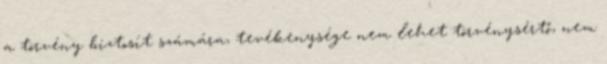
a törvény biztosít számára, tevékenysége nem lehet törvénysértő, nem